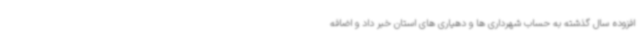
افزوده سال گذشته به حساب شهرداری ها و دهیاری های استان خبر داد و اضافه